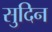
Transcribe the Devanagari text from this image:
सुदिन